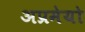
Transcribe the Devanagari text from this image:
अप्रमेयो